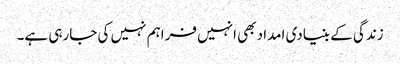
زندگی کے بنیادی امداد بھی انہیں فراہم نہیں کی جارہی ہے۔